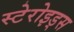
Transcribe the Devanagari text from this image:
स्टेरोइड्स